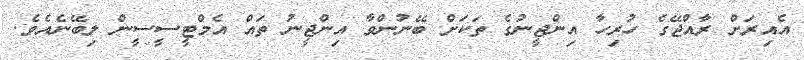
އެއިރަށް ރާއްޖޭގެ ހުރިހާ އިންޖީނުގެ ތަކަށް ބޭނުންވާ އިންޖީނު ތައް އެމްޓީސީސީން ލިބޭނެއެވެ.